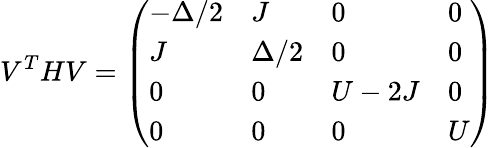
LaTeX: V^{T}HV=\left(\begin{array}{llll}{-\Delta/2}&{J}&{0}&{0}\\ {J}&{\Delta/2}&{0}&{0}\\ {0}&{0}&{U-2J}&{0}\\ {0}&{0}&{0}&{U}\end{array}\right)